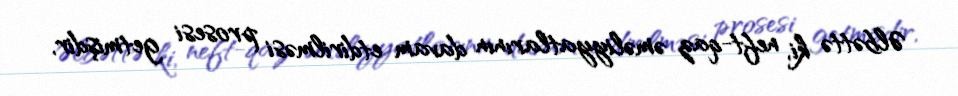
Əlbəttə ki, neft-qaz əməliyyatlarının davam etdirilməsi prosesi getmişdir,